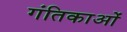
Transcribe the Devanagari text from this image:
गंतिकाओं